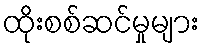
ထိုးစစ်ဆင်မှုများ